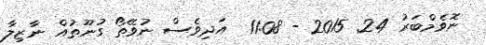
ނޮވެމްބަރު 24